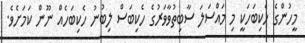
މީހުންގެ ހެކިބަހަކީ މި މައްސަލަ ސާބިތުވާވަރުގެ ހެކިބަސް ލިބުނު ހެކިބަހެއް ނޫން ކަމަށެވެ.